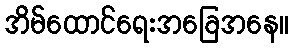
အိမ်ထောင်ရေးအခြေအနေ။